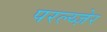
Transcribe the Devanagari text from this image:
परल्य्ज़ेर